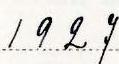
1927